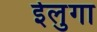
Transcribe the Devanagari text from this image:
ईलुगा